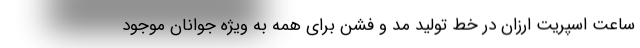
ساعت اسپریت ارزان در خط تولید مد و فشن برای همه به ویژه جوانان موجود